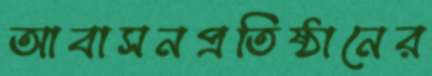
আবাসনপ্রতিষ্ঠানের